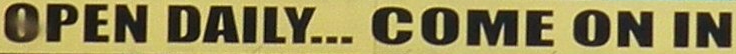
OPEN DAILY... COME ON IN